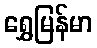
ရွှေမြန်မာ